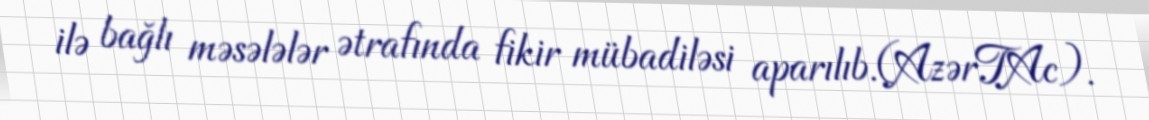
ilə bağlı məsələlər ətrafında fikir mübadiləsi aparılıb.(AzərTAc).